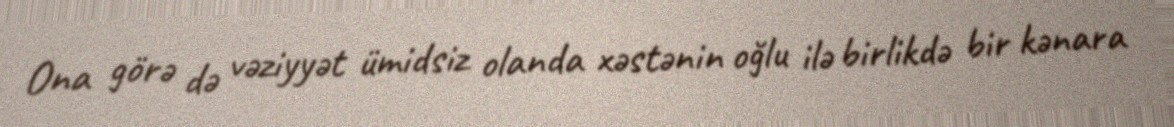
Ona görə də vəziyyət ümidsiz olanda xəstənin oğlu ilə birlikdə bir kənara